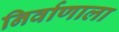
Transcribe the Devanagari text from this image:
निर्वाणाला